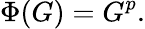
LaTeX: \Phi(G)=G^{p}.